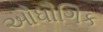
ઔધૌગિક